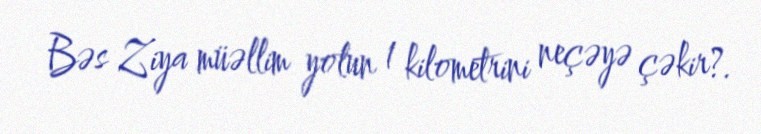
Bəs Ziya müəllim yolun 1 kilometrini neçəyə çəkir?.